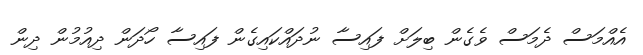
އެއްމަސް ދެމަސް ވެގެން ބިލަށް ފައިސާ ނުދައްކައިގެން ފައިސާ ހޯދަން ދިއުމުން ދިން